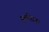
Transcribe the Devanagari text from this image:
युल्येटना